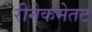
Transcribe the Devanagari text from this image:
रीनेकमेतट